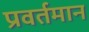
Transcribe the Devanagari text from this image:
प्रवर्तमान